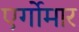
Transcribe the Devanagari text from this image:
एर्गोमार